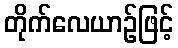
တိုက်လေယာဉ်ဖြင့်